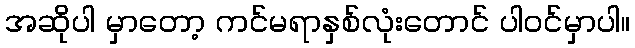
အဆိုပါ မှာတော့ ကင်မရာနှစ်လုံးတောင် ပါဝင်မှာပါ။